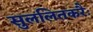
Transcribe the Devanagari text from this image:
सुललितकरैः